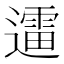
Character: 䢮